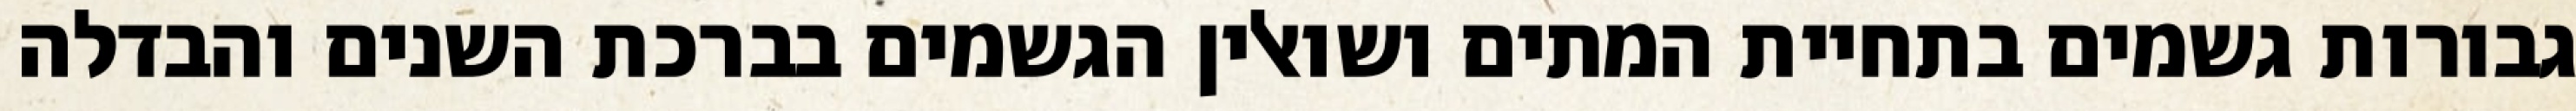
גבורות גשמים בתחיית המתים ושואלין הגשמים בברכת השנים והבדלה